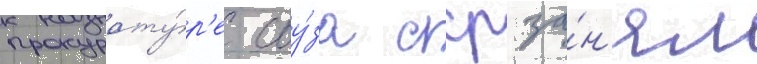
прокурату́р'е соу́за сср за́н'ял